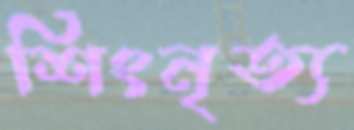
শিংনৃত্য